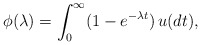
\begin{align*}\phi(\lambda)=\int^\infty_0(1-e^{-\lambda t})\,u(dt),\end{align*}